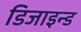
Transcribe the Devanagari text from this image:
डिजाइन्ड